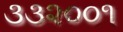
૩૩૨૦૦૧